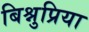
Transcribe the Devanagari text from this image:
बिश्नुप्रिया